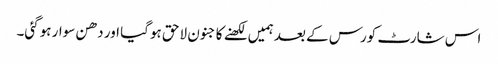
اس شارٹ کورس کے بعد ہمیں لکھنے کا جنون لاحق ہوگیا اور دھن سوار ہوگئی۔